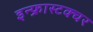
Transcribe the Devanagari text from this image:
इन्फ्रास्टक्चर